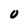
Character: O